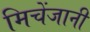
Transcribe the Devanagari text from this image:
मिचेंजानी